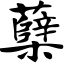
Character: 蘖